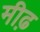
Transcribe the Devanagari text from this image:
मीढ़